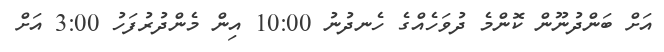
އަށް ބަންދުނޫން ކޮންމެ ދުވަހެއްގެ ހެނދުނު 10:00 އިން މެންދުރުފަހު 3:00 އަށް